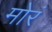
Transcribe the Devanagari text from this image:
मोरं